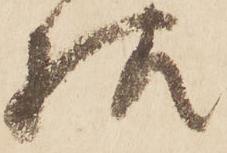
様